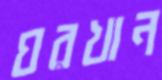
ঘরখান